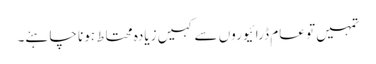
تمہیں تو عام ڈرائیوروں سے کہیں زیادہ محتاط ہونا چاہئے۔